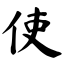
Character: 使